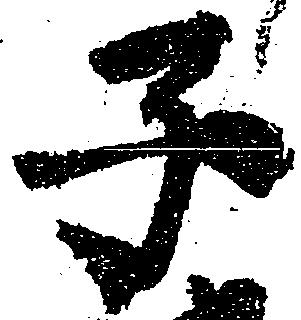
子